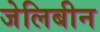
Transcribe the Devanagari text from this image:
जेलिबीन